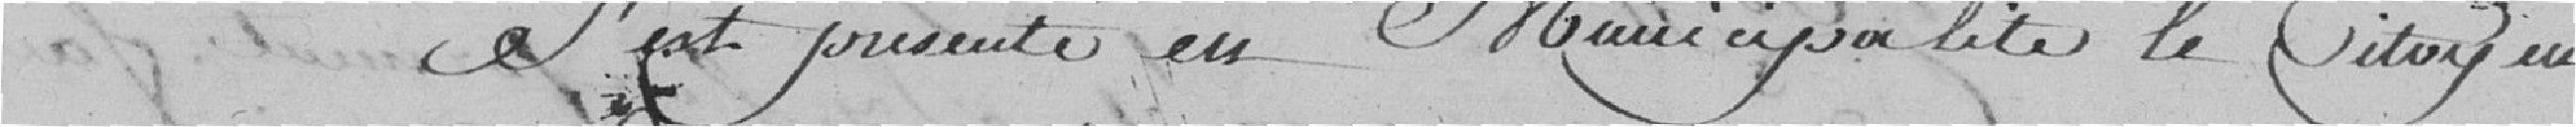
s'est présenté en Municipalité le citoyen